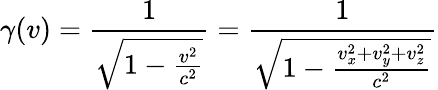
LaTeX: \gamma(v)={\frac{1}{\sqrt{1-{\frac{v^{2}}{c^{2}}}}}}={\frac{1}{\sqrt{1-{\frac{v_{x}^{2}+v_{y}^{2}+v_{z}^{2}}{c^{2}}}}}}